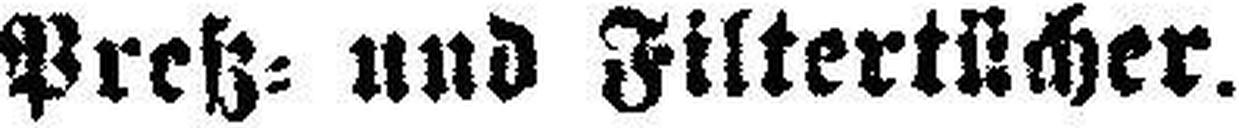
Pretz= und Filtertücher.